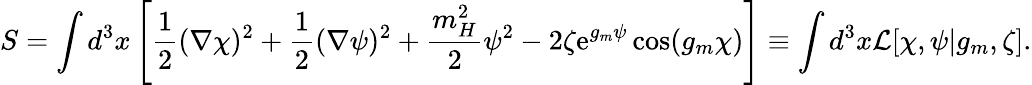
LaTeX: S=\int d^{3}x\left[\frac 12(\nabla\chi)^{2}+\frac 12(\nabla\psi)^{2}+\frac{m_{H}^{2}}{2}\psi^{2}-2\zeta\mathrm{e}^{g_{m}\psi}\cos(g_{m}\chi)\right]\equiv\int d^{3}x{\cal L}[\chi,\psi|g_{m},\zeta].